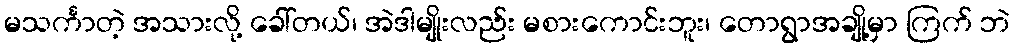
မသင်္ကာတဲ့ အသားလို့ ခေါ်တယ်၊ အဲဒါမျိုးလည်း မစားကောင်းဘူး၊ တောရွာအချို့မှာ ကြက် ဘဲ